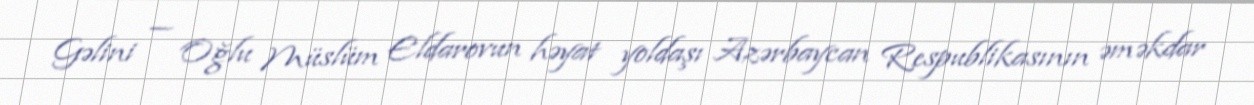
Gəlini — Oğlu Müslüm Eldarovun həyat yoldaşı Azərbaycan Respublikasının əməkdar